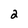
Character: 2